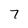
Character: 7